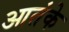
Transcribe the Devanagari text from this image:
आतंके